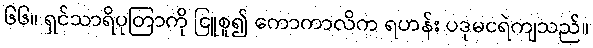
၆၆။ ရှင်သာရိပုတြာကို ငြူစူ၍ ကောကာလိက ရဟန်း ပဒုမငရဲကျသည်။